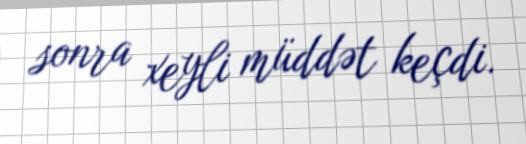
sonra xeyli müddət keçdi.